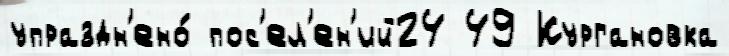
упраздн'ено́ пос'ел'ен'ий24 49 Кургановка